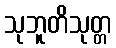
သုဘူတိသုတ္တ